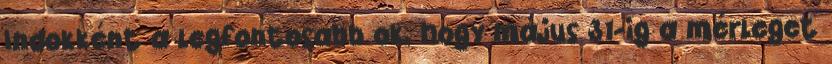
Indokként a legfontosabb ok, hogy május 31-ig a mérleget